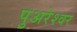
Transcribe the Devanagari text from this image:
पुअरेश्वर